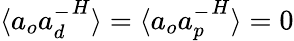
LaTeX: \langle{a}_{o}{{a}_{d}^{-}}^{H}\rangle=\langle{a}_{o}{{a}_{p}^{-}}^{H}\rangle=0